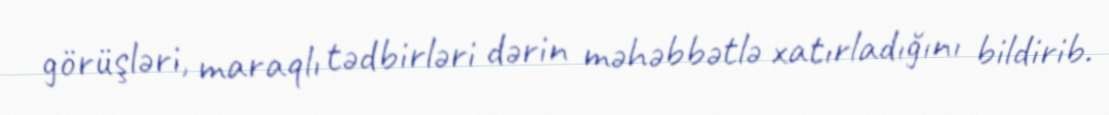
görüşləri, maraqlı tədbirləri dərin məhəbbətlə xatırladığını bildirib.